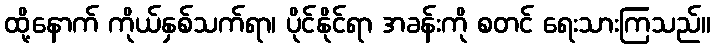
ထို့နောက် ကိုယ်နှစ်သက်ရာ၊ ပိုင်နိုင်ရာ အခန်းကို စတင် ရေးသားကြသည်။